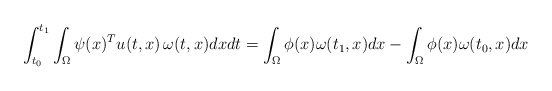
\begin{align*}\int_{t_0}^{t_1} \int_{\Omega} \psi(x)^T u(t,x) \, \omega(t,x) dxdt = \int_{\Omega} \phi(x) \omega(t_1,x) dx - \int_{\Omega} \phi(x) \omega(t_0,x) dx\end{align*}